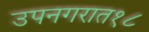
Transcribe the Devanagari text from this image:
उपनगरात१८